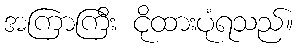
အကြာကြီး ငိုထားပုံရသည်။